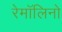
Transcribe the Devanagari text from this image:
रेमॉलिनो